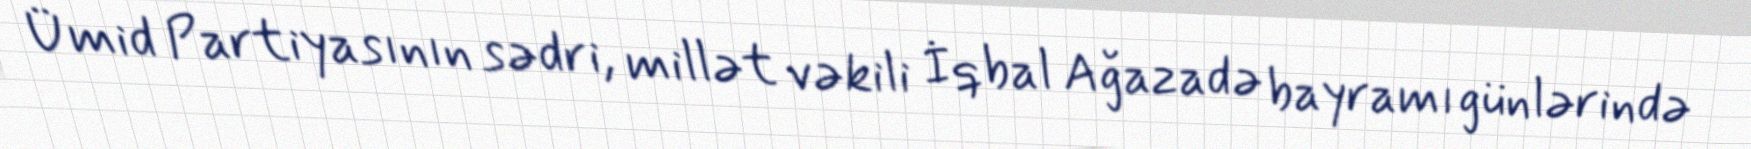
Ümid Partiyasının sədri, millət vəkili İqbal Ağazadə bayramı günlərində